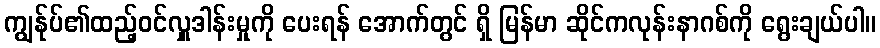
ကျွန်ုပ်၏ထည့်ဝင်လှူဒါန်းမှုကို ပေးရန် အောက်တွင် ရှိ မြန်မာ ဆိုင်ကလုန်းနာဂစ်ကို ရွေးချယ်ပါ။